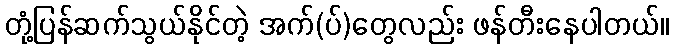
တုံ့ပြန်ဆက်သွယ်နိုင်တဲ့ အက်(ပ်)တွေလည်း ဖန်တီးနေပါတယ်။